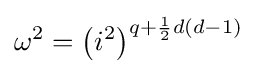
\omega ^{2}=\left(i^{2}\right)^{q+{\frac {1}{2}}d(d-1)}